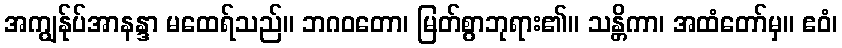
အကျွန်ုပ်အာနန္ဒာ မထေရ်သည်။ ဘဂဝတော၊ မြတ်စွာဘုရား၏။ သန္တိကာ၊ အထံတော်မှ။ ဧဝံ၊